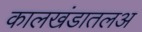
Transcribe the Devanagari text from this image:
कालखंडातलअ